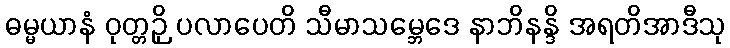
ဓမ္မယာနံ ဝုတ္တဉှိ ပလာပေတိ သီမာသမ္ဘေဒေ နာဘိနန္ဒိ အရတိအာဒီသု